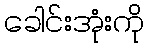
ခေါင်းအုံးကို